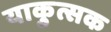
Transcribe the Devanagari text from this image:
याकुत्सक